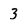
Character: 3